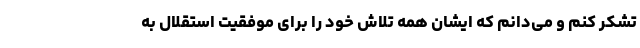
تشکر کنم و می‌دانم که ایشان همه تلاش خود را برای موفقیت استقلال به